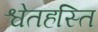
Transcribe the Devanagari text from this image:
श्वेतहस्ति